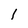
Character: I